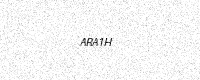
Text: ARA1H